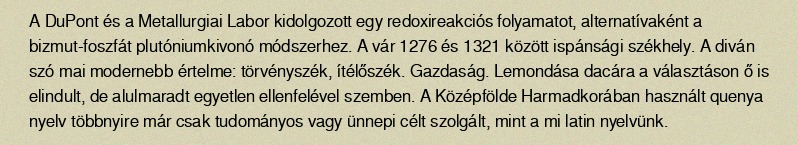
A DuPont és a Metallurgiai Labor kidolgozott egy redoxireakciós folyamatot, alternatívaként a bizmut-foszfát plutóniumkivonó módszerhez. A vár 1276 és 1321 között ispánsági székhely. A diván szó mai modernebb értelme: törvényszék, ítélőszék. Gazdaság. Lemondása dacára a választáson ő is elindult, de alulmaradt egyetlen ellenfelével szemben. A Középfölde Harmadkorában használt quenya nyelv többnyire már csak tudományos vagy ünnepi célt szolgált, mint a mi latin nyelvünk.